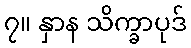
၇။ နှာန သိက္ခာပုဒ်